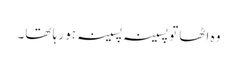
وہ اٹھا تو پسینہ پسینہ ہو رہا تھا۔